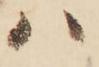
ハ